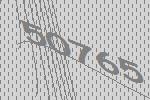
50765